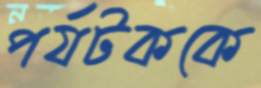
পর্যটককে